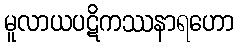
မူလာယပဋိကဿနာရဟော